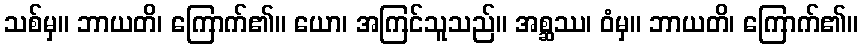
သစ်မှ။ ဘာယတိ၊ ကြောက်၏။ ယော၊ အကြင်သူသည်။ အစ္ဆဿ၊ ဝံမှ။ ဘာယတိ၊ ကြောက်၏။